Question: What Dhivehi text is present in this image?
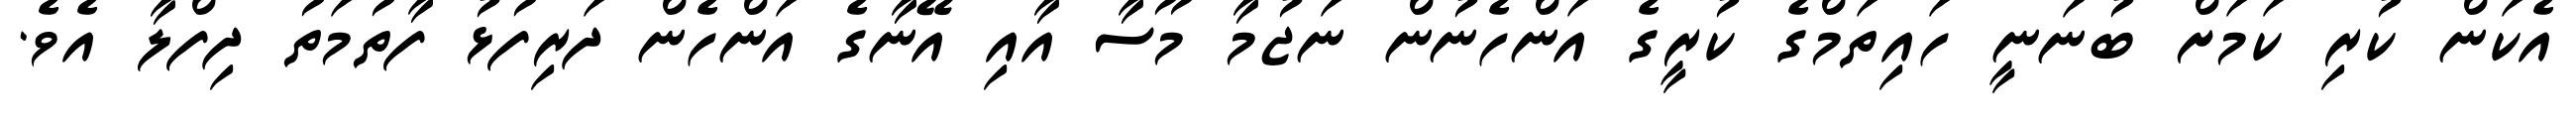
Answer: އެކަން ކުރި ކަމަށް ބުނަނީ ހައިތަމްގެ ކުރީގެ އަންހެނުން ނަޖުމާ މޫސާ އާއި އޭނާގެ އަންހެން ދަރިފުޅު ފާތުމަތު ދިފްލާ އެވެ.